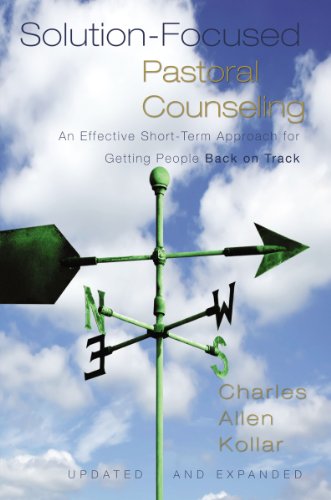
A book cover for Solution-Focused Pastoral Counseling: An Effective Short-Term Approach for Getting People Back on Track; Charles Allen Kollar; Christian Books & Bibles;